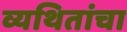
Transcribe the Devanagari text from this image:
व्यथितांचा